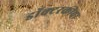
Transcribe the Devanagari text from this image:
डॉक्टरकीचा